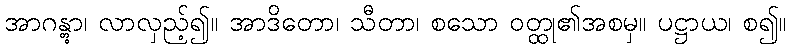
အာဂန္တွာ၊ လာလှည့်၍။ အာဒိတော၊ သီတာ၊ စသော ဝတ္ထု၏အစမှ။ ပဋ္ဌာယ၊ စ၍။